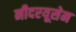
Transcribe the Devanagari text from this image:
नीदरयूसेम